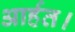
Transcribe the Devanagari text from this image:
आर्हत।